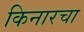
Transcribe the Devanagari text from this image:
किनारचा